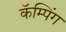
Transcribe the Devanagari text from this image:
कॅम्पिंग